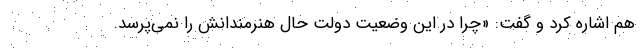
هم اشاره کرد و گفت: «چرا در این وضعیت دولت حال هنرمندانش را نمی‌پرسد.